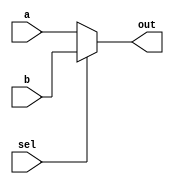
module mux2to1(out,a,b,sel);
    input a,b,sel;//selreg
    output out;//outwire
    reg out;
    
always @ (a or b or sel)
    begin
        if (sel == 1'b0) out = a;
        else out = b;
    end
endmodule